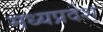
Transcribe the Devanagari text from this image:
मध्यप्रदेश्